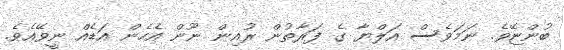
ބުންޏޭވެ. ނަމަވެސް އަލްޔާ ގެ ފަރާތުން ރުއިން ނޫން އެހެން އަޑެއް ނީވޭއެވެ.